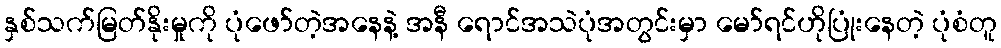
နှစ်သက်မြတ်နိုးမှုကို ပုံဖော်တဲ့အနေနဲ့ အနီ ရောင်အသဲပုံအတွင်းမှာ မော်ရင်ဟိုပြုံးနေတဲ့ ပုံစံတူ